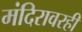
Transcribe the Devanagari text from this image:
मंदिरावरही